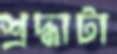
শ্রদ্ধাটা